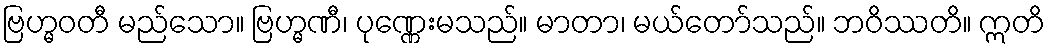
ဗြဟ္မဝတီ မည်သော။ ဗြဟ္မဏီ၊ ပုဏ္ဏေးမသည်။ မာတာ၊ မယ်တော်သည်။ ဘဝိဿတိ။ ဣတိ